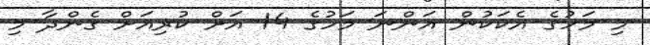
މި މަހުގެ އެކަކުން އަންނަ މަހުގެ 14 އަށް ކުރިއަށް ގެންދާ މި